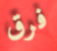
فرق